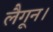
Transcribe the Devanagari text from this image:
लैगून।